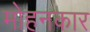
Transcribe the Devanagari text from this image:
मोहनकार